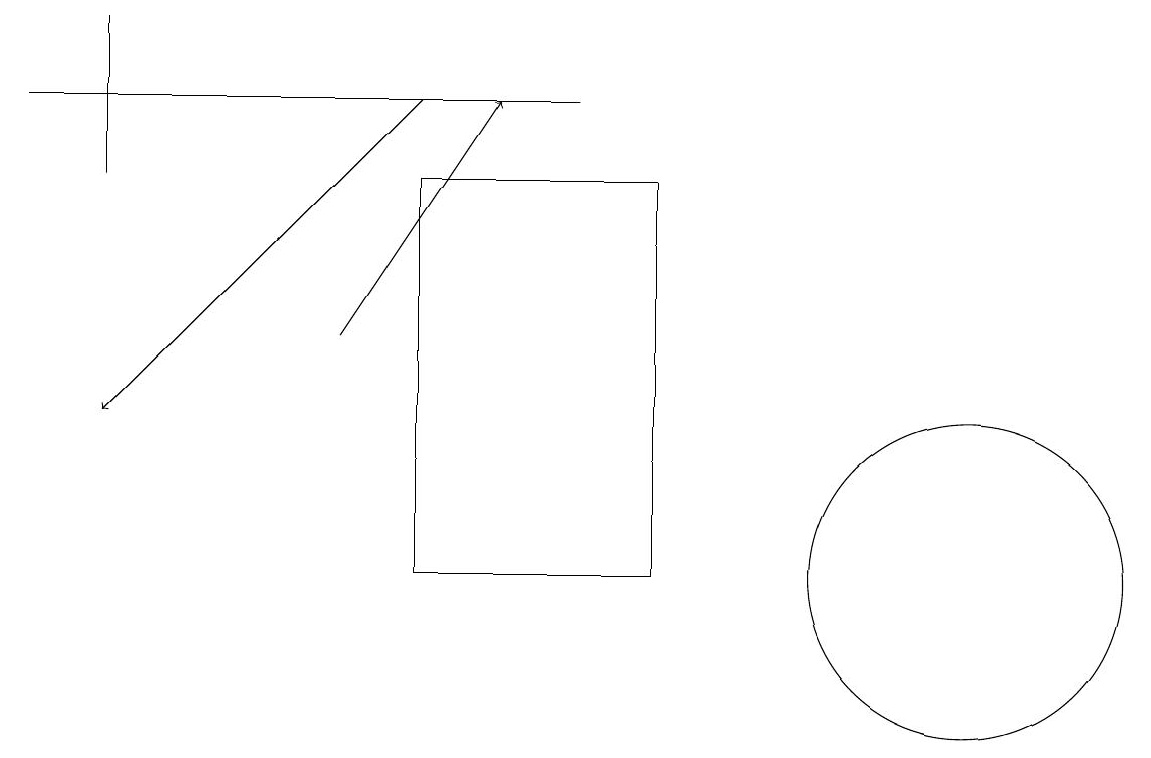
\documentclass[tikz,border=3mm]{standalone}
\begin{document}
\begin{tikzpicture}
\draw (11,11) circle (0);
\draw[->] (5,18) -- (1,14);
\draw (5,12) rectangle (8,17);
\draw[->] (4,15) -- (6,18);
\draw (7,18) rectangle (0,18);
\draw (1,19) rectangle (1,17);
\draw (12,12) circle (2);
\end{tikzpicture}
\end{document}